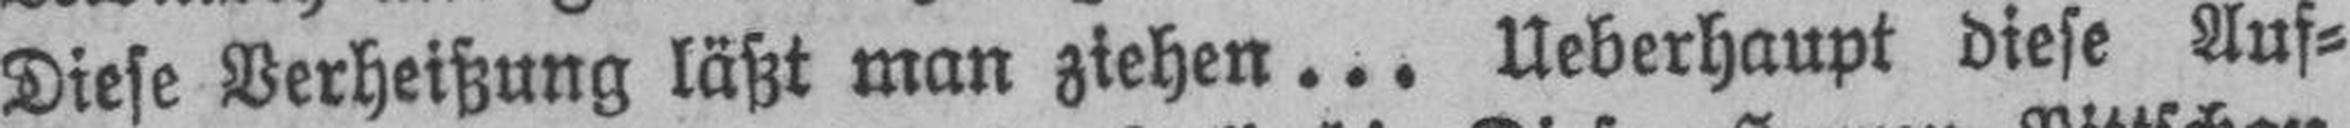
Diese Verheißung läßt man ziehen... Ueberhaupt diese Auf¬